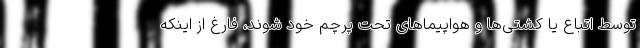
توسط اتباع یا کشتی‌ها و هواپیماهای تحت پرچم خود شوند، فارغ از اینکه